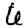
Digit: 6